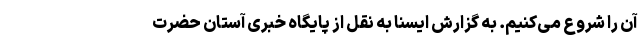
آن را شروع می‌کنیم. به گزارش ایسنا به نقل از پایگاه خبری آستان حضرت